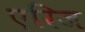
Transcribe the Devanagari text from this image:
एरिज